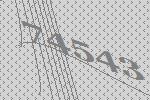
74543